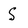
Character: S